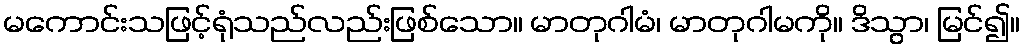
မကောင်းသဖြင့်ရုံသည်လည်းဖြစ်သော။ မာတုဂါမံ၊ မာတုဂါမကို။ ဒိသွာ၊ မြင်၍။